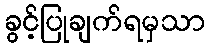
ခွင့်ပြုချက်ရမှသာ